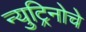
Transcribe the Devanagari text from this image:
न्युट्रिनोचे